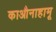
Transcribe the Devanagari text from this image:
काऔनाहामू